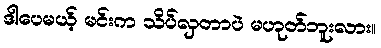
ဒါပေမယ့် မင်းက သိပ်လှတာပဲ မဟုတ်ဘူးလား။